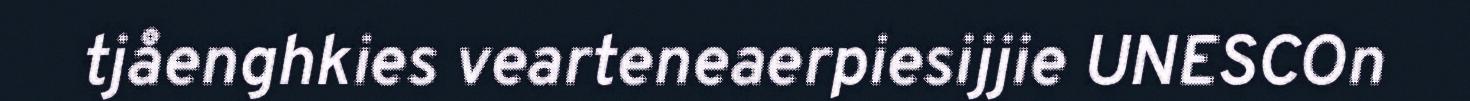
tjåenghkies vearteneaerpiesijjie UNESCOn